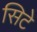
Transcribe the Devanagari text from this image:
सिटे